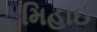
મિહાઈ